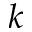
k